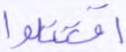
اقتتلوا